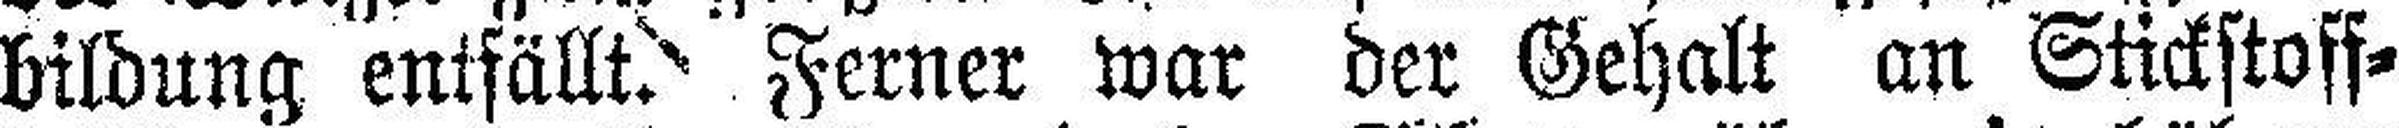
bildung entfällt. Ferner war der Gehalt an Stickstoff¬